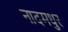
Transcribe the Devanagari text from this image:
नादमधुर